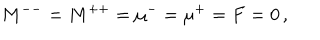
LaTeX: M ^ { -- } = M ^ { + + } = \mu ^ { - } = \mu ^ { + } = F = 0 \, ,